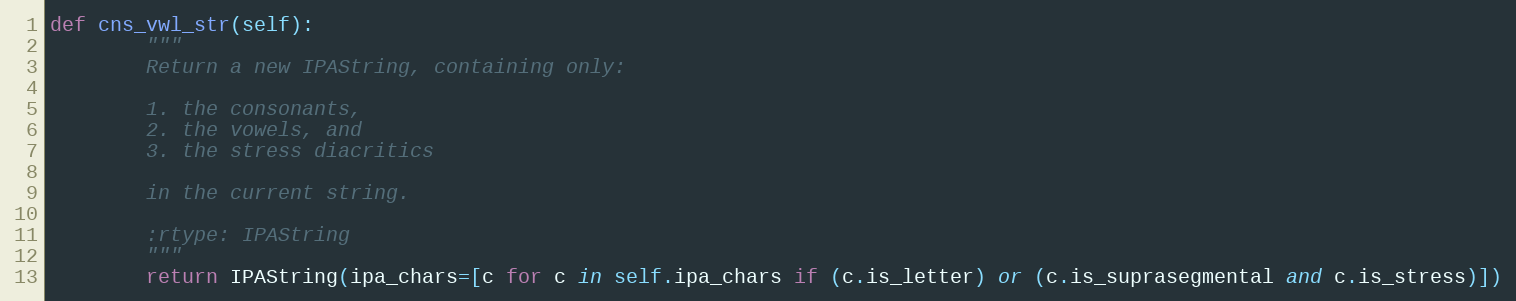
Language: Python
def cns_vwl_str(self):
        """
        Return a new IPAString, containing only:

        1. the consonants,
        2. the vowels, and
        3. the stress diacritics

        in the current string.

        :rtype: IPAString
        """
        return IPAString(ipa_chars=[c for c in self.ipa_chars if (c.is_letter) or (c.is_suprasegmental and c.is_stress)])